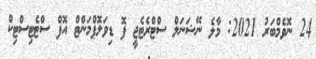
24 ނޮވެމްބަރު 2021: މާލެ ނޭޝަނަލް ސްޓްރެޓެޖީ ފޮ ޑިވަލޮޕްމަންޓް އޮފް ސްޓެޓިސްޓިކް